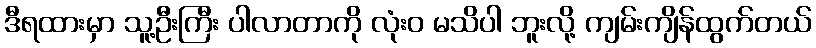
ဒီရထားမှာ သူ့ဦးကြီး ပါလာတာကို လုံးဝ မသိပါ ဘူးလို့ ကျမ်းကျိန်ထွက်တယ်